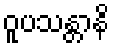
ဝူပသန္တာနိ